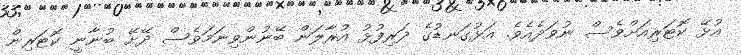
އުޅޭ ކޮޓަރިއަށްވެސް ނުވަދެއެވެ. އަޅުގަނޑުގެ ދަރިފުޅު އުރާލަން ބޭނުންވިނަމަވެސް ދޭށޭ ބުނާނީ ކޮޓަރިން